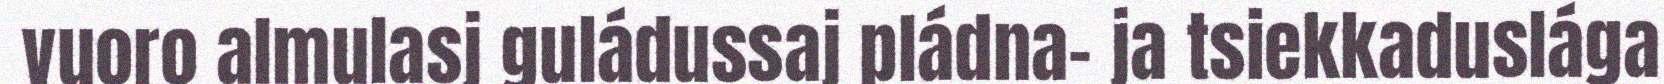
vuoro almulasj guládussaj pládna- ja tsiekkaduslága